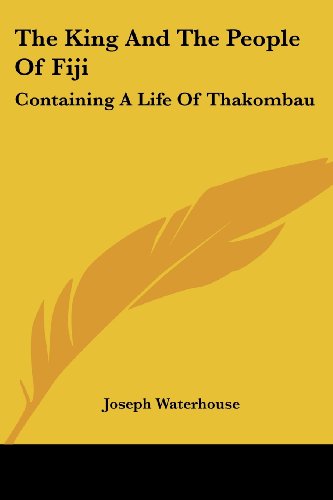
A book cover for The King And The People Of Fiji: Containing A Life Of Thakombau; Joseph Waterhouse; History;